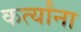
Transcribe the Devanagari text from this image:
कर्त्यांना